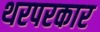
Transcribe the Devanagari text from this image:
थरपरकार